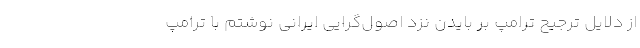
از دلایل ترجیح ترامپ بر بایدن نزد اصول‌گرایی ایرانی نوشتم با ترامپ